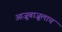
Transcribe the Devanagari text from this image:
आजूबाजूलाच